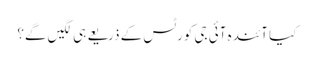
کیا آئندہ آئی جی کورٹس کے ذریعے ہی لگیں گے؟